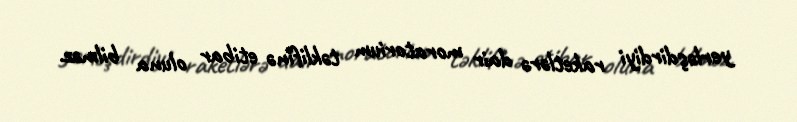
yerləşdirdiyi raketlərə dair moratorium təklifinə etibar oluna bilməz.